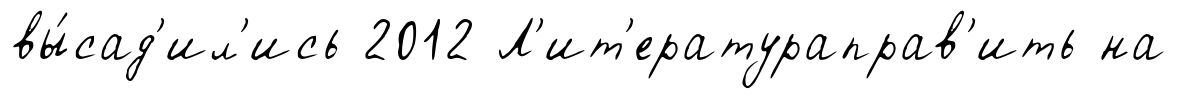
вы́сад'ил'ись 2012 Л'ит'ератураправ'ить на